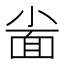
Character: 𱚦